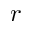
r